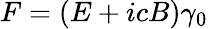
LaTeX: {F}=({E}+ic{B})\gamma_{0}